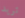
تريد